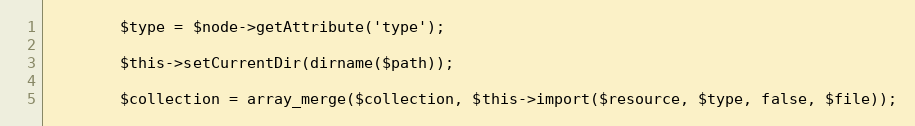
Language: PHP
        $type = $node->getAttribute('type');

        $this->setCurrentDir(dirname($path));

        $collection = array_merge($collection, $this->import($resource, $type, false, $file));